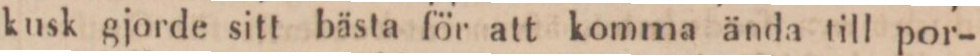
kusk gjorde sitt bästa för att komma ända till por-